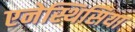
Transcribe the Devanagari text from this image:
एनेस्थिसिया